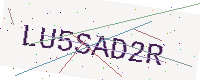
Text: LU5SAD2R